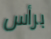
برأس